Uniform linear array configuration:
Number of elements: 12
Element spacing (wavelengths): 0.25
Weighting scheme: kaiser
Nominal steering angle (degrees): -60
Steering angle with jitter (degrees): -59.179
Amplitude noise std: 0.05
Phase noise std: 0.05

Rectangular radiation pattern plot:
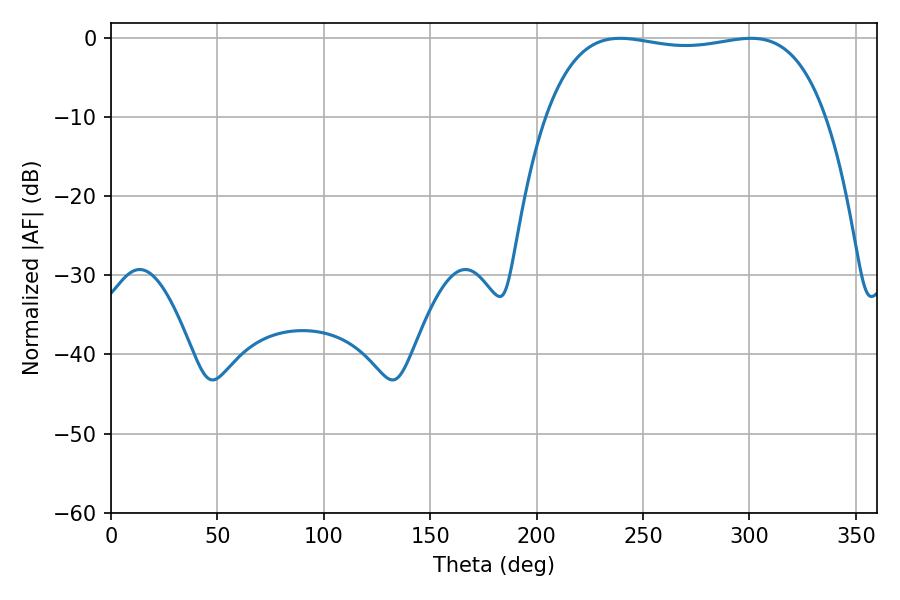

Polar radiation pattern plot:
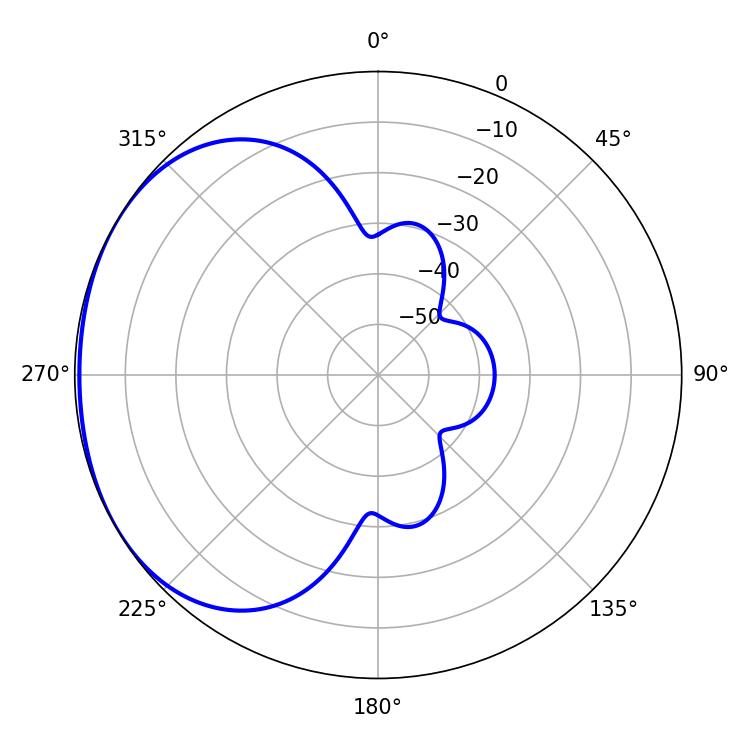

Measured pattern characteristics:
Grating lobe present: FALSE
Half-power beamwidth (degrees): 105.12
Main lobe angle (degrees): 239.22